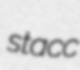
stacc